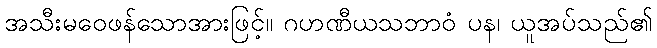
အသီးမဝေဖန်သောအားဖြင့်။ ဂဟဏီယသဘာဝံ ပန၊ ယူအပ်သည်၏